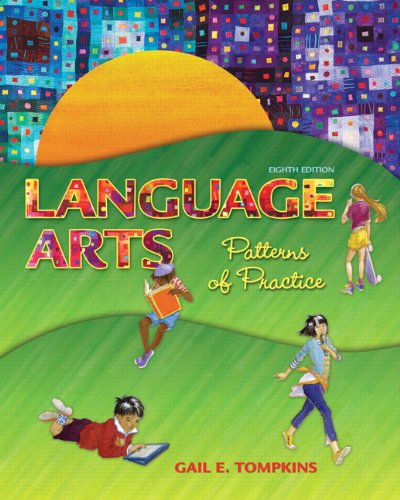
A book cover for Language Arts: Patterns of Practice (8th Edition); Gail E. Tompkins; Reference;